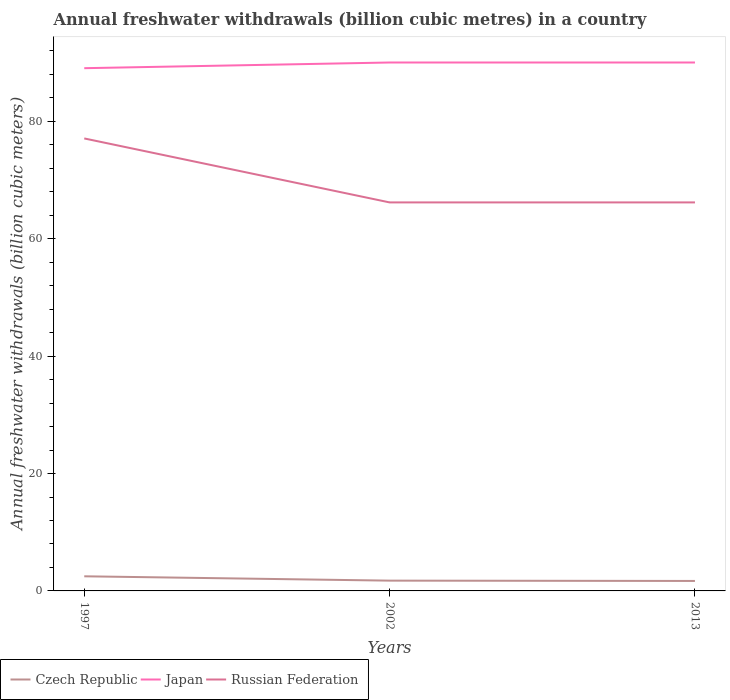
| Years | Czech Republic | Japan | Russian Federation |
 | --- | --- | --- | --- |
 | 1997 | 2.49 | 89.1 | 77.1 |
 | 2002 | 1.75 | 90 | 66.2 |
 | 2013 | 1.7 | 90 | 66.2 |